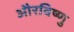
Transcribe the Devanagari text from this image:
औरविष्णु